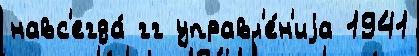
навс'егда́ гг управл'е́н'иjа 1941